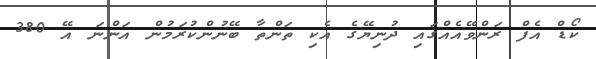
ކޯޑް އެފް ރަންވޭއެއްގައި ދުނިޔޭގެ އެކި ތަންތާ ބޭނުންކުރަމުން އަންނަ އޭ 380